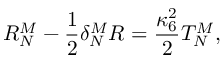
R _ { N } ^ { M } - \frac { 1 } { 2 } \delta _ { N } ^ { M } R = \frac { \kappa _ { 6 } ^ { 2 } } { 2 } T _ { N } ^ { M } ,